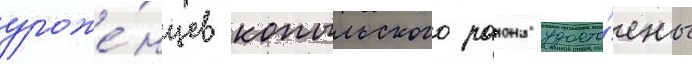
уроже́нцев копыльского раиона удосто́ены